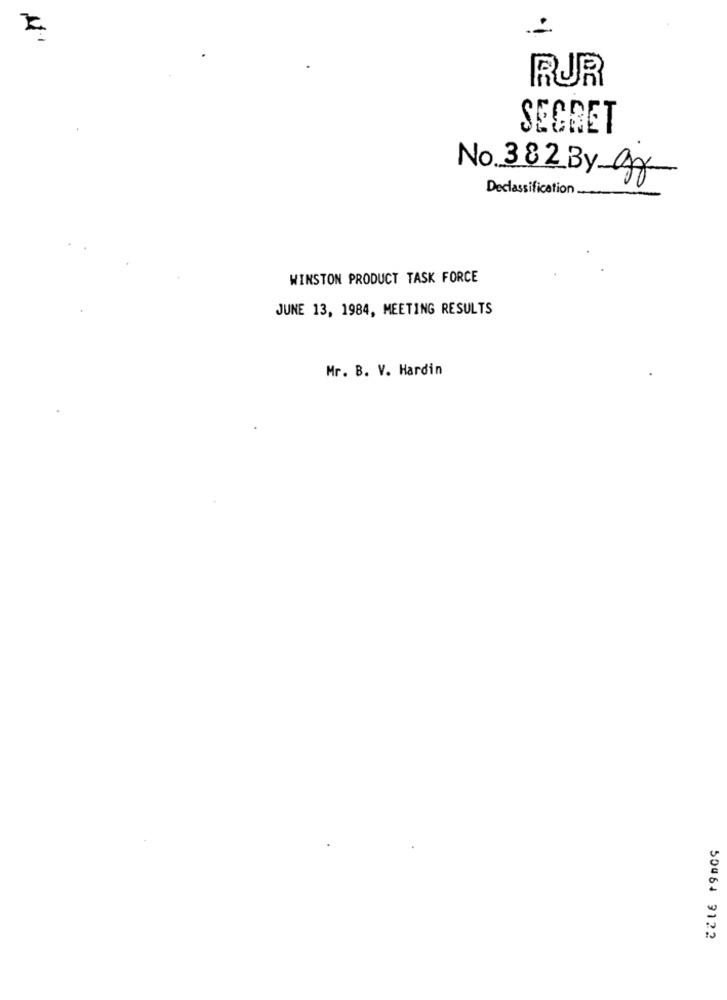
RUR
SECRET
No 382 By gg
Declassification.
WINSTON PRODUCT TASK FORCE
JUNE 13, 1984, MEETING RESULTS
Mr. B. V. Hardin
50464 9122